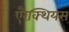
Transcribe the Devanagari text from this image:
एरैक्थियस्‌